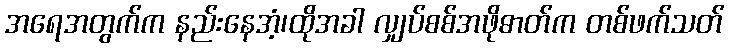
အရေအတွက်က နည်းနေအံ့၊ထိုအခါ လျှပ်စစ်အဖိုဓာတ်က တစ်ဖက်သတ်